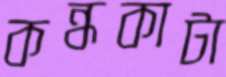
কন্ধকাটা